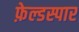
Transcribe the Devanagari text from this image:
फ़ेल्डस्पार